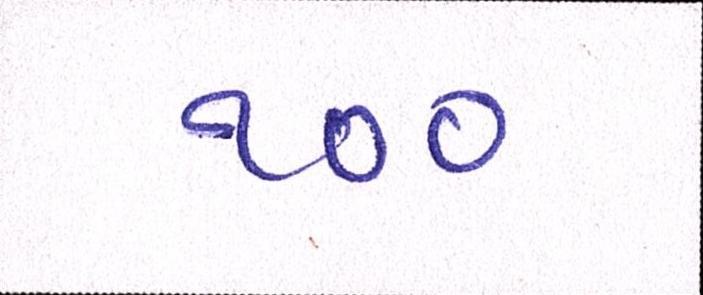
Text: ૧૦૦